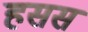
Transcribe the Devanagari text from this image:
हसस